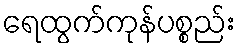
ရေထွက်ကုန်ပစ္စည်း